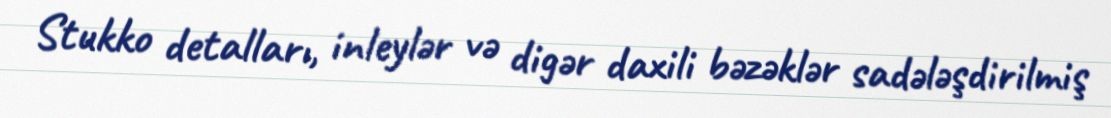
Stukko detalları, inleylər və digər daxili bəzəklər sadələşdirilmiş